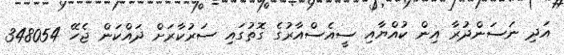
އަދި ނަސަންދުރާ އިން ކުއްޔާއި ސީއެސްއާރުގެ ގޮތުގައި ސަރުކާރަށް ދައްކަން ޖެހޭ 348054